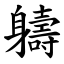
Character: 軇